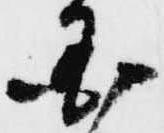
国